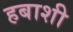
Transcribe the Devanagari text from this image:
हबाशी